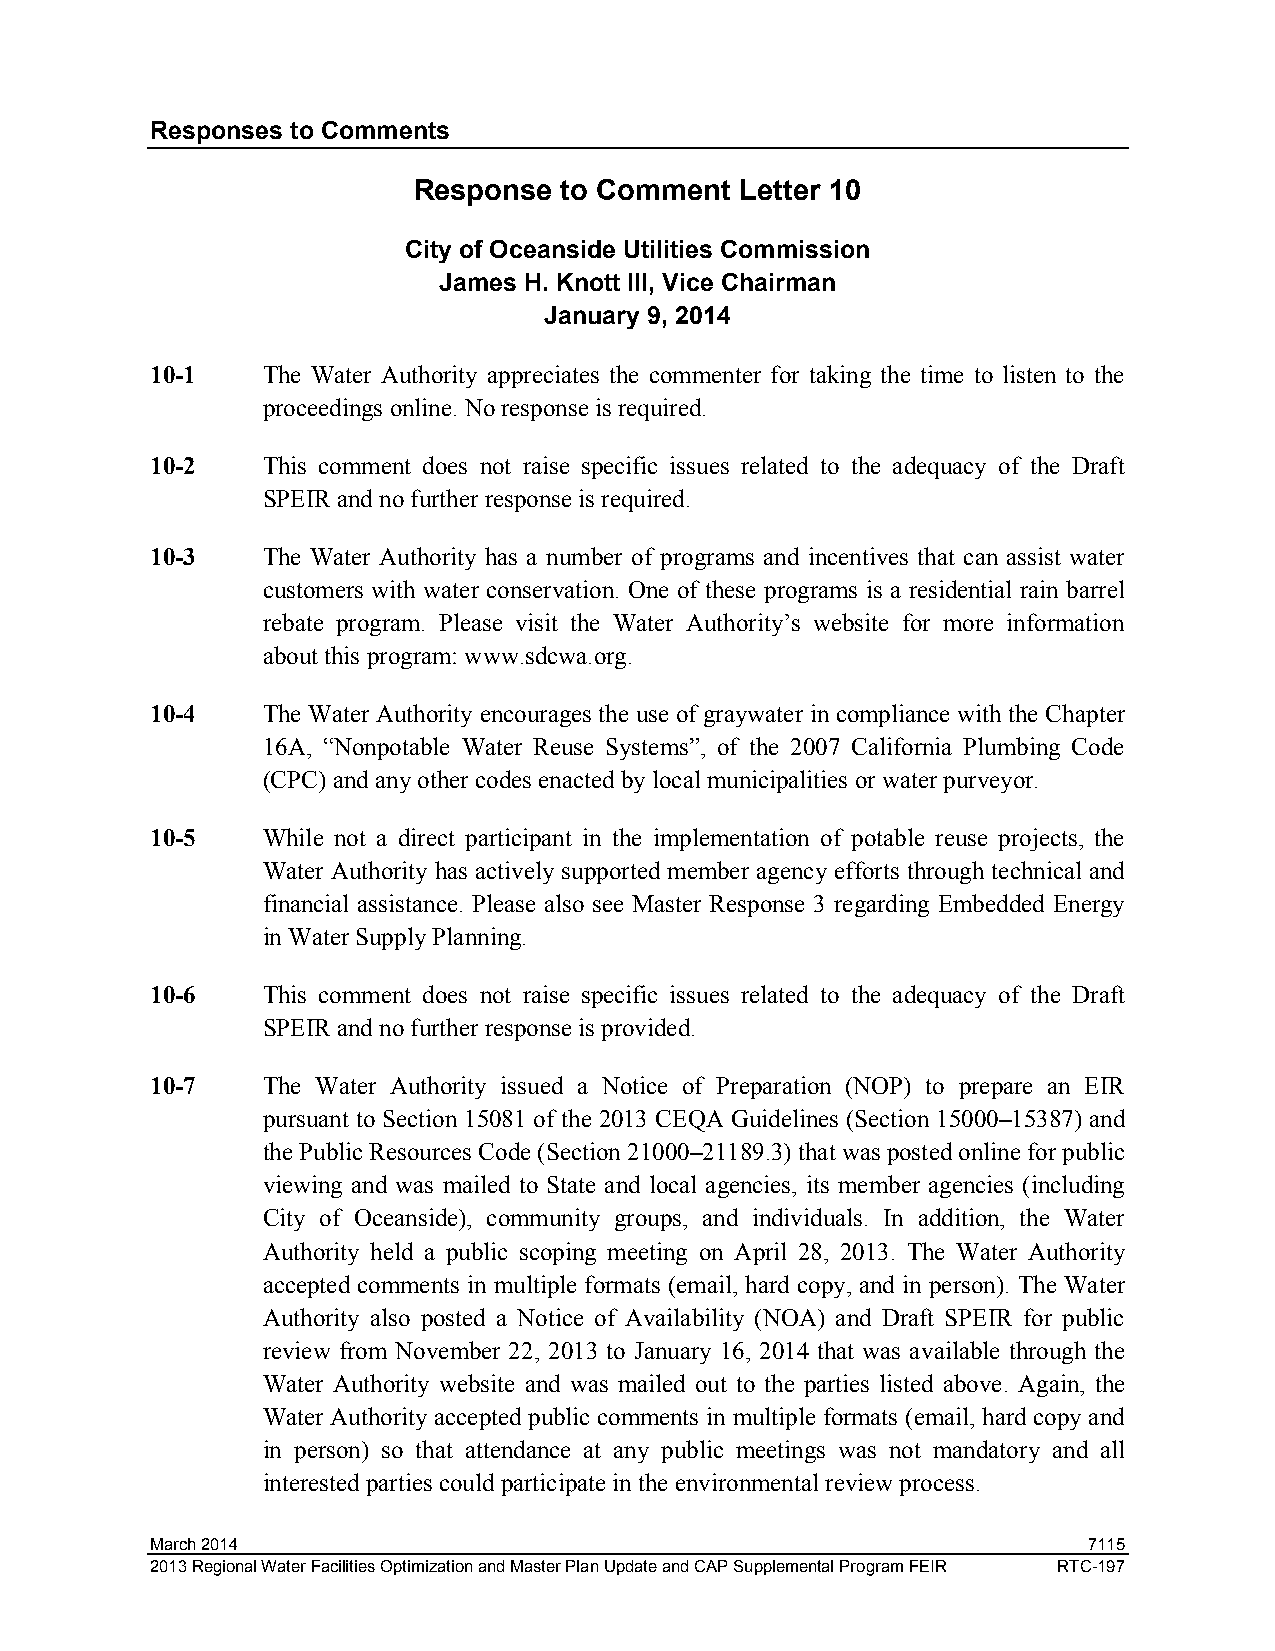
Responses to Comments
 Response  to Comment  Letter 10
 City of Oceanside Utilities Commission
 James H. Knott III, Vice Chairman
 January 9, 2014
 10-1   The Water Authority appreciates the commenter for taking the time to listen to the
 proceedings online. No response is required.
 10-2   This comment does not raise specific issues related to the adequacy of the Draft
 SPEIR and no further response is required.
 10-3   The Water Authority has a number of programs and incentives that can assist water
 customers with water conservation. One of these programs is a residential rain barrel
 rebate program. Please visit the Water Authority’s website for more information
 about this program: www.sdcwa.org.
 10-4   The Water Authority encourages the use of graywater in compliance with the Chapter
 16A, “Nonpotable Water Reuse Systems”, of the 2007 California Plumbing Code
 (CPC) and any other codes enacted by local municipalities or water purveyor.
 10-5   While not a direct participant in the implementation of potable reuse projects, the
 Water Authority has actively supported member agency efforts through technical and
 financial assistance. Please also see Master Response 3 regarding Embedded Energy
 in Water Supply Planning.
 10-6   This comment does not raise specific issues related to the adequacy of the Draft
 SPEIR and no further response is provided.
 10-7   The Water Authority issued a Notice of Preparation (NOP) to prepare an EIR
 pursuant to Section 15081 of the 2013 CEQA Guidelines (Section 15000–15387) and
 the Public Resources Code (Section 21000–21189.3) that was posted online for public
 viewing and was mailed to State and local agencies, its member agencies (including
 City of Oceanside), community groups, and individuals. In addition, the Water
 Authority held a public scoping meeting on April 28, 2013. The Water Authority
 accepted comments in multiple formats (email, hard copy, and in person). The Water
 Authority also posted a Notice of Availability (NOA) and Draft SPEIR for public
 review from November 22, 2013 to January 16, 2014 that was available through the
 Water Authority website and was mailed out to the parties listed above. Again, the
 Water Authority accepted public comments in multiple formats (email, hard copy and
 in person) so that attendance at any public meetings was not mandatory and all
 interested parties could participate in the environmental review process.
 March 2014                                                    7115
 2013 Regional Water Facilities Optimization and Master Plan Update and CAP Supplemental Program FEIR RTC-197